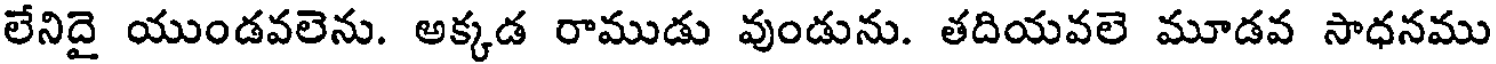
లేనిదై యుండవలెను. అక్కడ రాముడు వుండును. తదియవలె మూడవ సాధనము